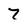
Character: 7